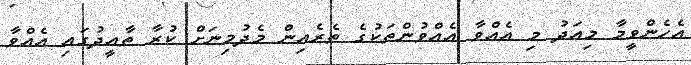
އެހެންވީމާ މިއަދު މި އެއްވާ އެއްވުންތަކުގެ ތެރެއިން މެދުމިނަށް ކުރާ ތާއީދުގައި އެއްވާ